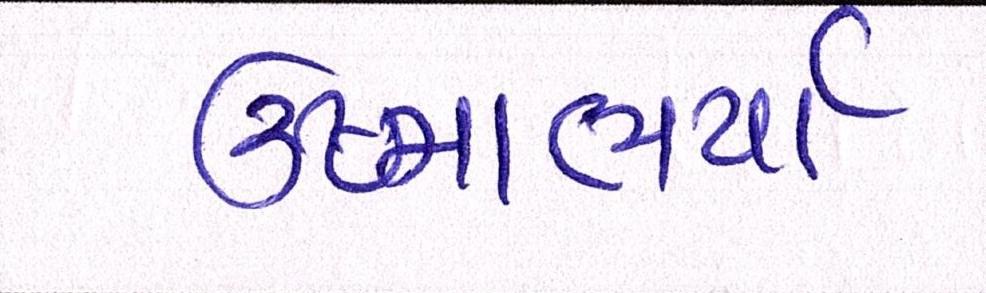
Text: ઉષ્માભર્યાં